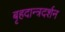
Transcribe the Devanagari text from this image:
बृहदान्त्रदर्शन